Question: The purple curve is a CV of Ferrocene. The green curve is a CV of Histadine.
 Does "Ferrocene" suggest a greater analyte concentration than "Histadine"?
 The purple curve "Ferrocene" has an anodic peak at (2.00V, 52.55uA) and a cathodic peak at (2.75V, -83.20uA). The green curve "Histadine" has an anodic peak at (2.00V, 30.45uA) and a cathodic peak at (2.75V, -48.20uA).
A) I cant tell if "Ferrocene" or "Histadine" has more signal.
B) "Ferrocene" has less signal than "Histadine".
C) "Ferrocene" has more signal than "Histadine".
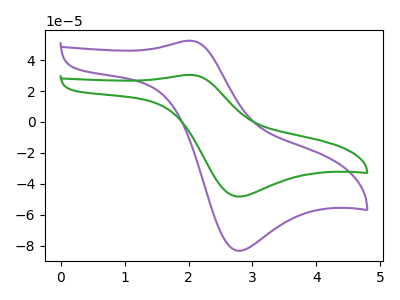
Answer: <think>All the peaks in "Ferrocene" have a peak in "Histadine" at the same potential. Every peak in "Ferrocene" is higher than every peak in "Histadine".
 </think>
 <answer>C) "Ferrocene" has more signal than "Histadine".</answer>
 <eval>C</eval>